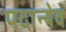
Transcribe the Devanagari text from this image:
पदान्येव